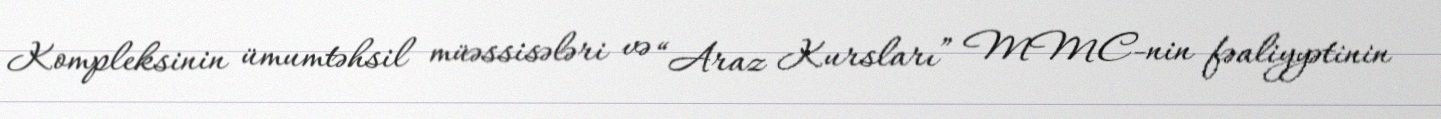
Kompleksinin ümumtəhsil müəssisələri və “Araz Kursları” MMC-nin fəaliyyətinin